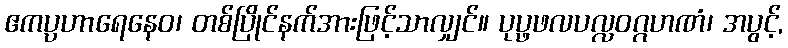
ဧကပ္ပဟာရေနေဝ၊ တစ်ပြိုင်နက်အားဖြင့်သာလျှင်။ ပုပ္ဖဖလပလ္လဝဂ္ဂဟဏံ၊ အပွင့်,